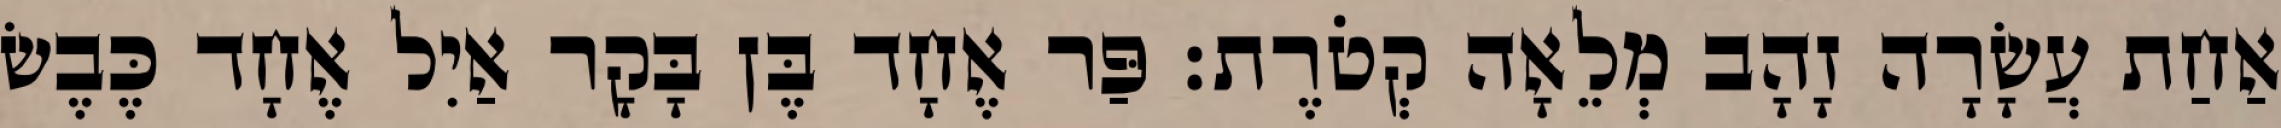
אַחַת עֲשָׂרָה זָהָב מְלֵאָה קְטֹרֶת׃ פַּר אֶחָד בֶּן בָּקָר אַיִל אֶחָד כֶּבֶשׂ